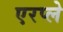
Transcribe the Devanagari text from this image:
एरप्ले